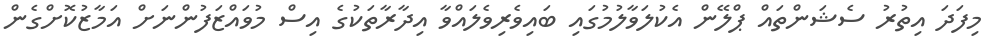
މިފަދަ އިތުރު ސެޝަންތައް ޕްލޭން އެކުލަވާލުމުގައި ބައިވެރިވެލައްވާ އިދާރާތަކުގެ އިސް މުވައްޒަފުންނަށް އަމާޒުކޮށްގެން